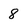
Character: 8